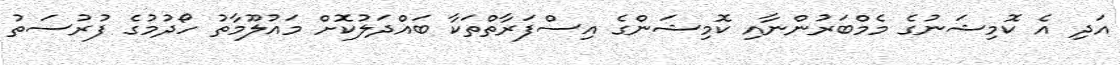
އަދި އެ ކޮމިޝަނުގެ މެމްބަރުންނާއި ކޮމިޝަންގެ އިސްފަރާތްތަކާ ބައްދަލުކޮށް މައުލޫމާތު ހޯދުމުގެ ފުރުސަތު